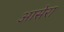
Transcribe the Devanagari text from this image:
आसेरा